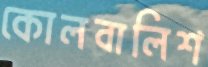
কোলবালিশ